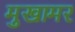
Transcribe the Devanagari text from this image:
मुखामर